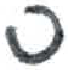
אות: ס